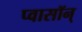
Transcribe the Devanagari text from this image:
प्वासॉन्‌